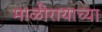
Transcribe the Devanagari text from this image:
माळीरायाच्या